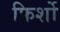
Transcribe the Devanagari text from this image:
फिर्शो